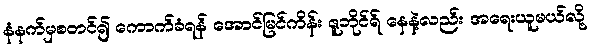
နံနက်မှစတင်၍ ကောက်ခံရန် အောင်မြင်ကိန်း ဇူဘိုင်ရ် နေနဲ့လည်း အရေးယူမယ်လို့